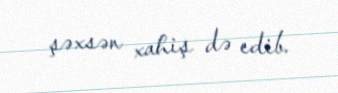
şəxsən xahiş də edib.